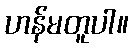
ဟန်မတူပါ။